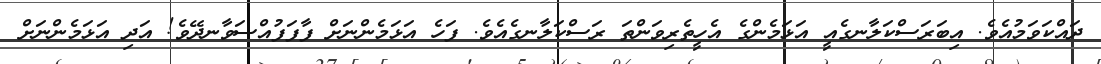
ދައްކަވަމުއެވެ. އިބަރަސްކަލާނގެއީ އަޅަމެންގެ އެހީތެރިވަންތަ ރަސްކަލާނގެއެވެ. ފަހެ އަޅަމެންނަށް ފާފަފުއްސަވާނދޭވެ! އަދި އަޅަމެންނަށް